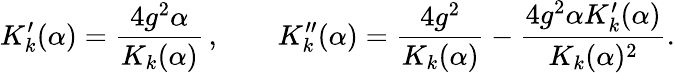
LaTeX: K_{k}^{\prime}(\alpha)=\frac{4g^{2}\alpha}{K_{k}(\alpha)}\, ,\qquad K_{k}^{\prime\prime}(\alpha)=\frac{4g^{2}}{K_{k}(\alpha)}-\frac{4g^{2}\alpha K_{k}^{\prime}(\alpha)}{K_{k}(\alpha)^{2}}.